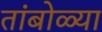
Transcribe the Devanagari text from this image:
तांबोळ्या